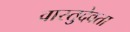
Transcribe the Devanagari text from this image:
वास्तुदेवता